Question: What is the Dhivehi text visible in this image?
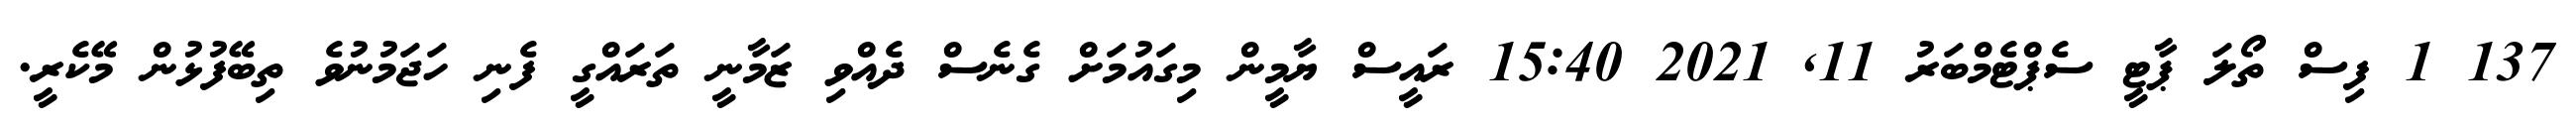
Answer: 137 1 ފިސް ތޯލަ ޕާޓީ ސެޕްޓެމްބަރު 11, 2021 15:40 ރައީސް ޔާމީން މިގައުމަށް ގެނެސް ދެއްވި ޒަމާނީ ތަރައްގީ ފެނި ހަޖަމުނުވެ ތިބޭފުޅުން މޭކެރީ.